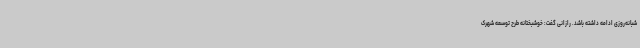
شبانه‌روزی ادامه داشته باشد. رازانی گفت: خوشبختانه طرح توسعه شهرک